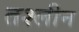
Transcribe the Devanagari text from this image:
तश्लीन